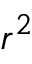
r ^ { 2 }